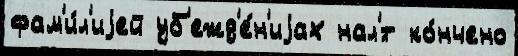
фам'и́л'иjей уб'ежд'е́н'иjах нал'́т ко́нчено